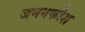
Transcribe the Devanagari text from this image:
जननकोश